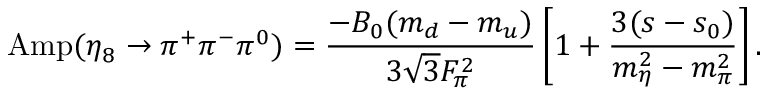
\mathrm { A m p } ( \eta _ { 8 } \rightarrow \pi ^ { + } \pi ^ { - } \pi ^ { 0 } ) = { \frac { - B _ { 0 } ( m _ { d } - m _ { u } ) } { 3 \sqrt { 3 } F _ { \pi } ^ { 2 } } } \left[ 1 + { \frac { 3 ( s - s _ { 0 } ) } { m _ { \eta } ^ { 2 } - m _ { \pi } ^ { 2 } } } \right] .